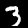
Digit: 3